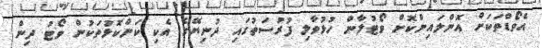
އެވޯޑްތަކަށް އޮންލައިންކޮށް ވޯޓުލާން ހުޅުވާލި ފުރުސަތުގައި ދުނިޔޭގެ އެކި ކަންކޮޅުތަކުން ވޯޓު ދިން